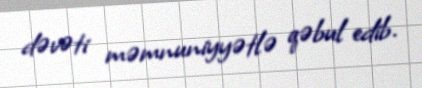
dəvəti məmnuniyyətlə qəbul edib.